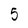
Character: 5